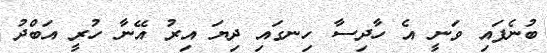
ބުނެފައި ވަނީ އެ ހާދިސާ ހިނގައި ދިޔަ އިރު އޭނާ ހުރީ އަބްދު